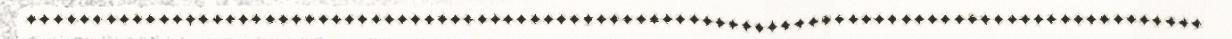
.........................................................................................